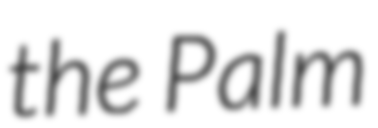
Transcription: the Palm